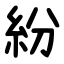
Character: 紛